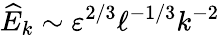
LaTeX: \widehat{E}_{k}\sim\varepsilon^{2/3}\ell^{-1/3}k^{-2}